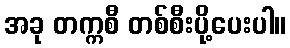
အခု တက္ကစီ တစ်စီးပို့ပေးပါ။